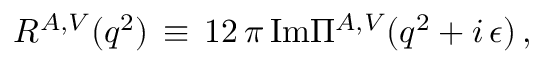
R ^ { A , V } ( q ^ { 2 } ) \, \equiv \, 1 2 \, \pi \, \mathrm { I m } \Pi ^ { A , V } ( q ^ { 2 } + i \, \epsilon ) \, ,